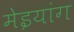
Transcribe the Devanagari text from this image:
मेइयांग